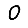
Digit: 0